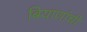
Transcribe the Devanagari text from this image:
बियाणांची